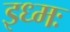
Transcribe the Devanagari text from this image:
इध्मः